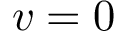
v = 0